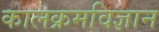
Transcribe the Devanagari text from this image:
कालक्रमविज्ञान